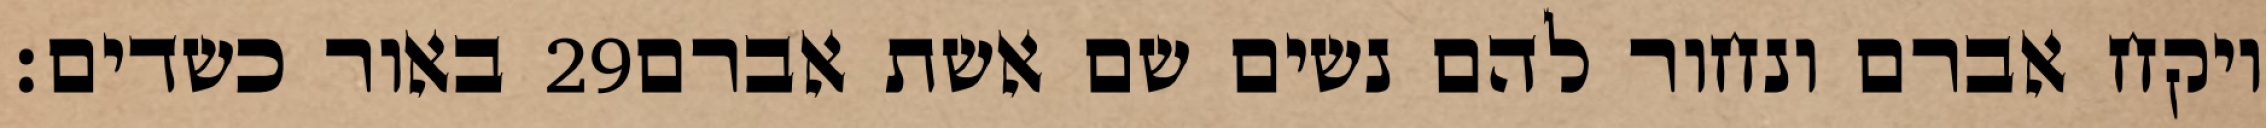
באור כשדים׃ ‎29‏ ויקח אברם ונחור להם נשים שם אשת אברם